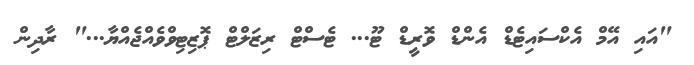
"އައި އޭމް އެކްސައިޓެޑް އެންޑް ވޮރީޑް ޓޫ... ޓެސްޓް ރިޒަލްޓް ޕޮޒިޓިވްވެއްޖެއްޔާ..." ރާދިން